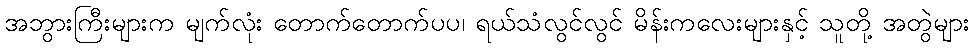
အဘွားကြီးများက မျက်လုံး တောက်တောက်ပပ၊ ရယ်သံလွင်လွင် မိန်းကလေးများနှင့် သူတို့ အတွဲများ